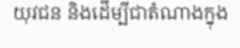
យុវជន និងដើម្បីជាតំណាងក្នុង